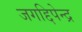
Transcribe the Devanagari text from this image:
जगद्दिपेन्द्र